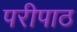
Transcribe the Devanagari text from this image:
परीपाठ